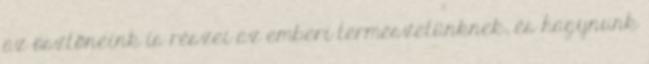
az ösztöneink is részei az emberi természetünknek, és hagynunk